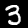
Label: 3